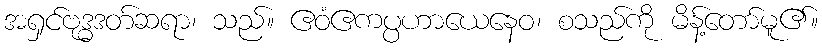
အရှင်ဗုဒ္ဓဒတ်ဆရာ၊ သည်။ ဧဝံဧကပ္ပဟာယေနေဝ၊ စသည်ကို မိန့်တော်မူ၏။